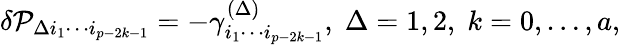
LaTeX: \delta{\cal P}_{\Delta i_{1}\cdots i_{p-2k-1}}=-\gamma_{i_{1}\cdots i_{p-2k-1}}^{(\Delta)},\; \Delta=1,2,\; k=0,\ldots,a,